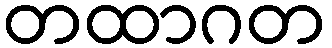
တထာဂတ